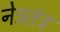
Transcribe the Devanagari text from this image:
नेत्रतंत्र